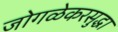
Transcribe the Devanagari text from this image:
जोगळेकरसुद्धा